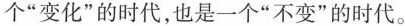
个”变化”的时代，也是一个”不变”的时代。